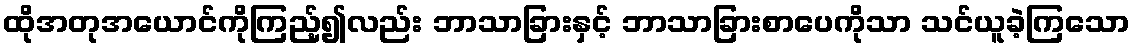
ထိုအတုအယောင်ကိုကြည့်၍လည်း ဘာသာခြားနှင့် ဘာသာခြားစာပေကိုသာ သင်ယူခဲ့ကြသော